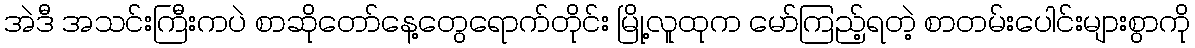
အဲဒီ အသင်းကြီးကပဲ စာဆိုတော်နေ့တွေရောက်တိုင်း မြို့လူထုက မော်ကြည့်ရတဲ့ စာတမ်းပေါင်းများစွာကို